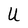
Character: U